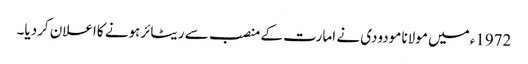
1972ءمیں مولانا مودودی نے امارت کے منصب سے ریٹائرہونے کااعلان کردیا۔